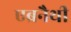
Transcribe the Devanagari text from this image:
एब्रनैथी